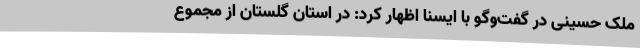
ملک حسینی در گفت‌وگو با ایسنا اظهار کرد: در استان گلستان از مجموع